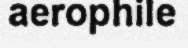
aerophile